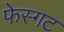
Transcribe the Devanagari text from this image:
फेस्गट